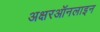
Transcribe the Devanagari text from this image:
अक्षरऑनलाइन